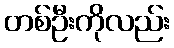
တစ်ဦးကိုလည်း